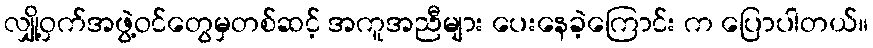
လျှို့ဝှက်အဖွဲ့ဝင်တွေမှတစ်ဆင့် အကူအညီများ ပေးနေခဲ့ကြောင်း က ပြောပါတယ်။